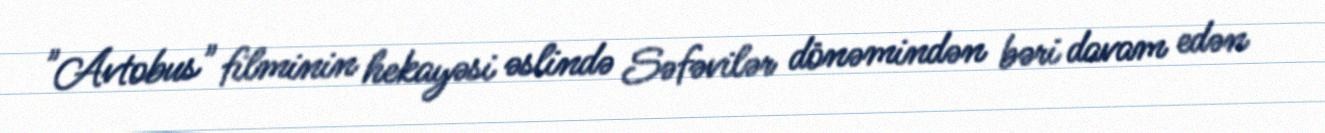
"Avtobus" filminin hekayəsi əslində Səfəvilər dönəmindən bəri davam edən